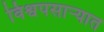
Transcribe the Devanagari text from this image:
विश्वपसाऱ्यात